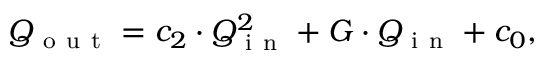
Q _ { \mathrm { ~ o ~ u ~ t ~ } } = c _ { 2 } \cdot Q _ { \mathrm { ~ i ~ n ~ } } ^ { 2 } + G \cdot Q _ { \mathrm { ~ i ~ n ~ } } + c _ { 0 } ,